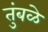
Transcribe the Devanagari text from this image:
तुंबळे